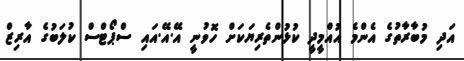
އަދި މުބާރާތުގެ އެންމެ އުއްމީދީ ކުޅުންތެރިޔަކަށް ހޮވުނީ އޭ.އޭ.އައި ސްޕޯޓްސް ކުލަބުގެ އާރިޒް